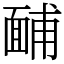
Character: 䩉